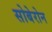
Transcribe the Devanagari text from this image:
सोबेरोन